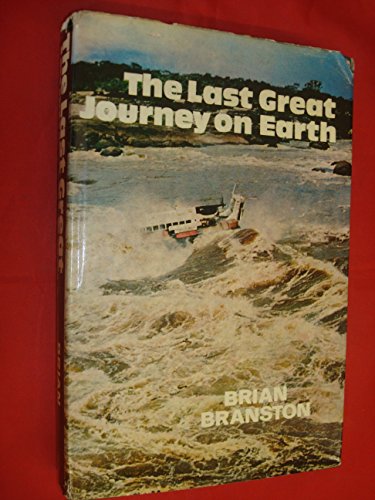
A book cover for The Last Great Journey on Earth: Two Thousand Miles into the Heart of the Amazon; Brian Branston; Travel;